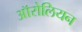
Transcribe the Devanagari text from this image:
ऑरोलियन